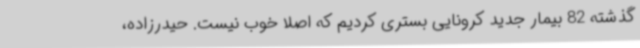
گذشته 82 بیمار جدید کرونایی بستری کردیم که اصلا خوب نیست. حیدرزاده،